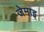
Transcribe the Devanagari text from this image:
जेमाइ